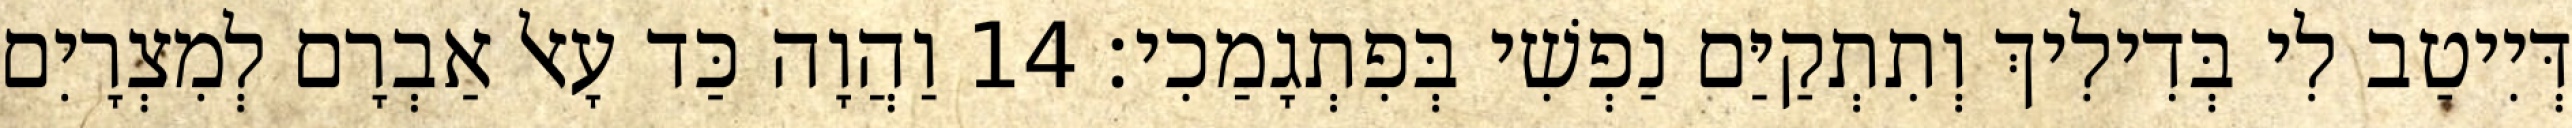
דְּיִיטַב לִי בְּדִילִיךְ וְתִתְקַיַּם נַפְשִׁי בְּפִתְגָמַכִי׃ 14 וַהֲוָה כַּד עָאל אַבְרָם לְמִצְרָיִם